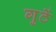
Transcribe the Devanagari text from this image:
गुठें